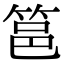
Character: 䇼